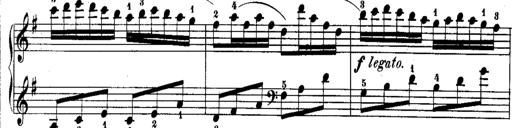
Title: Rondos and Sonatinas for Pianoforte
Composer: Daniel Steibelt